Newspaper: The daily Argus.
Place of publication: Rock Island, Ill.
Publisher: [publisher not identified]
Date: 1875-06-09 00:00:00
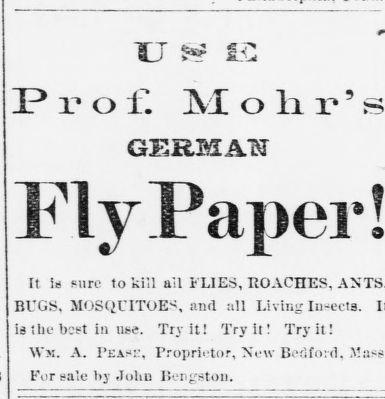
Advertisement text (OCR):
XT 3 3?i?of: Mohr' GERMAN FlyPapei ? It is sure to kill all FLIES, ROACHES, BUGS, MOSQUITOES, and nil Living Iu-ecls. is the best in use. Try it! Try it! Try it! Wm. A. Peas'J, Proprietor, New Bedford, For sale by John Bengston.
Label: text-only